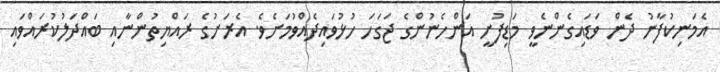
އެމަނިކުފާނު ދެން ވަޑައިގެންނެވީ މަޑިފުށީ އަންހެނުންގެ ޖަގަހަ ހުޅުވައިދެއްވުމަށެވެ. އެރަށުގެ ރައްޔިތުންނާއި ބައްދަލުކުރައްވައި